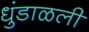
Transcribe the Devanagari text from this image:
धुंडाळली